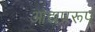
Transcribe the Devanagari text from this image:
आद्यप्ररूप